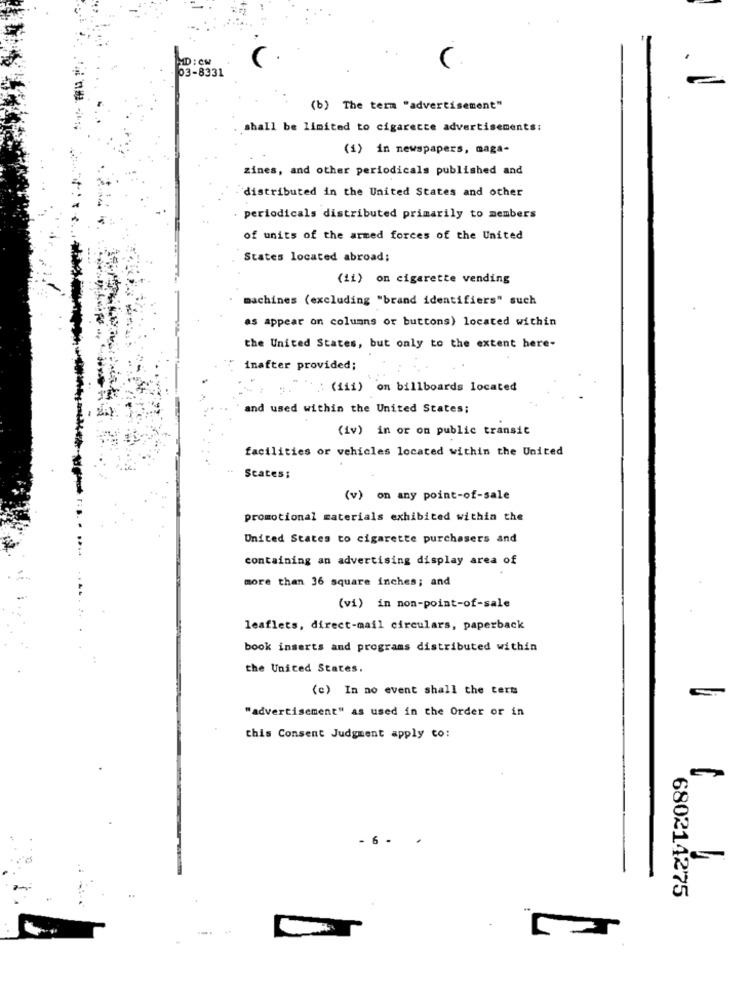
C.
D:CM
03-8331
(b) The term "advertisement"
.shall be limited to cigarette advertisements:
(1) in newspapers, maga-
zines, and other periodicals published and
distributed in the United States and other
periodicals distributed primarily to members
of units of the armed forces of the United
States located abroad;
(ii) on cigarette vending
machines (excluding "brand identifiers" such
as appear on columns or buttons) located within
the United States, but only to the extent here-
inafter provided;
: (ii) on billboards located
and used within the United States;
(iv) in or on public transit
facilities or vehicles located within the United
States:
(v) on any point-of-sale
promotional materials exhibited within the
United States to cigarette purchasers and
containing an advertising display area of
more than 36 square inches; and
(vi) in non-point-of-sale
leaflets, direct-mail circulars, paperback
book inserts and programs distributed within
the United States.
(c) In no event shall the ters
"advertisement" as used in the Order or in
this Consent Judgment apply to:
6
680214275